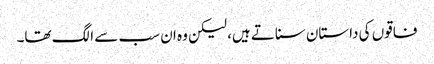
فاقوں کی داستان سناتے ہیں، لیکن وہ ان سب سے الگ تھا۔